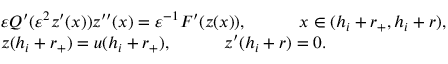
\begin{array} { r l } & { \varepsilon Q ^ { \prime } ( \varepsilon ^ { 2 } z ^ { \prime } ( x ) ) z ^ { \prime \prime } ( x ) = \varepsilon ^ { - 1 } F ^ { \prime } ( z ( x ) ) , \quad \qquad x \in ( h _ { i } + r _ { + } , h _ { i } + r ) , } \\ & { z ( h _ { i } + r _ { + } ) = u ( h _ { i } + r _ { + } ) , \quad \qquad z ^ { \prime } ( h _ { i } + r ) = 0 . } \end{array}